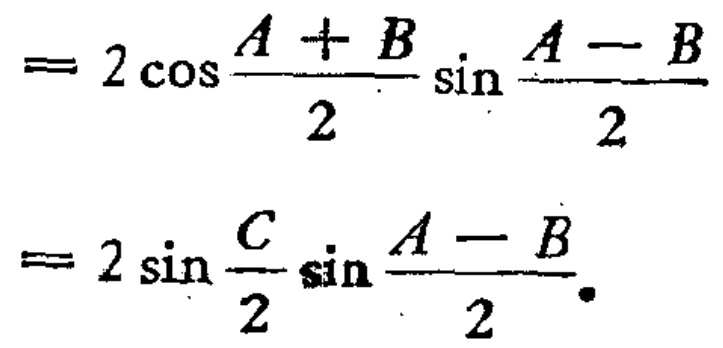
\[
\begin{align*}
&= 2\cos\frac{A + B}{2}\sin\frac{A - B}{2}\\
&= 2\sin\frac{C}{2}\sin\frac{A - B}{2}.
\end{align*}
\]